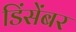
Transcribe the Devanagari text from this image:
डिंसेंबर